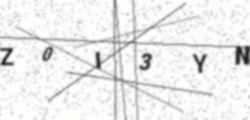
Text: Z0I3YN